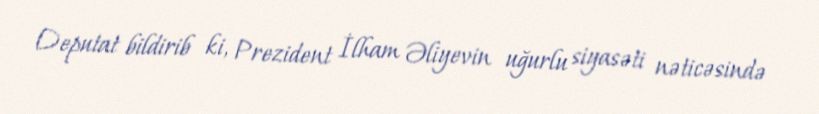
Deputat bildirib ki, Prezident İlham Əliyevin uğurlu siyasəti nəticəsində